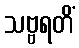
သဗ္ဗရတိံ